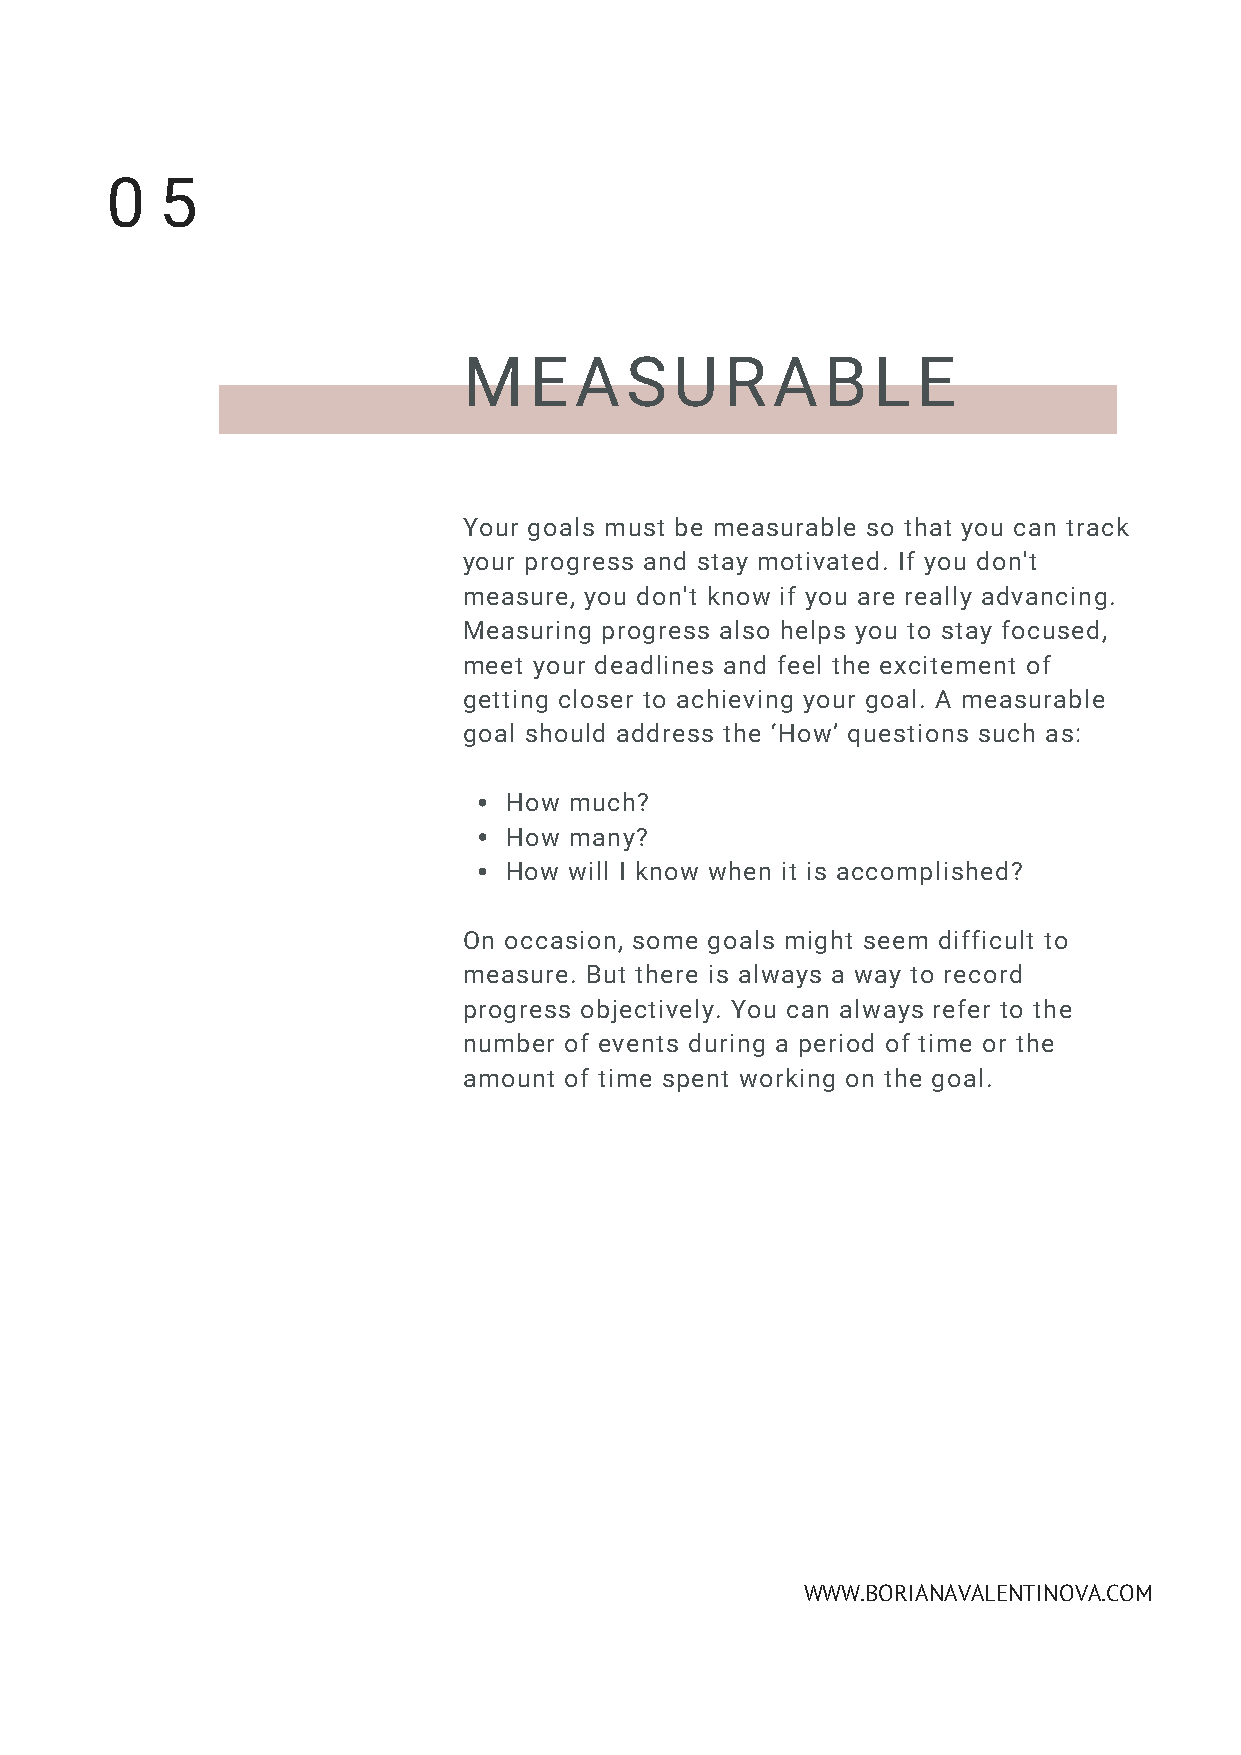
0   5
 MEASURABLE
 Your goals must be measurable so that you can track
 your progress and stay motivated. If you don't
 measure, you don't know if you are really advancing.
 Measuring progress also helps you to stay focused,
 meet your deadlines and feel the excitement of
 getting closer to achieving your goal. A measurable
 goal should address the ‘How’ questions such as:
 How  much?
 How  many?
 How  will I know when it is accomplished?
 On occasion, some goals might seem difficult to
 measure. But there is always a way to record
 progress objectively. You can always refer to the
 number of events during a period of time or the
 amount of time spent working on the goal.
 WWW.BORIANAVALENTINOVA.COM